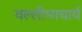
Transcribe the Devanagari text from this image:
वल्लीभाचार्य